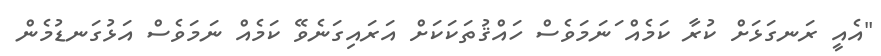
"އެއީ ރަނގަޅަށް ކުރާ ކަމެއް ަނަމަވެސް ހައްޤުތަކަކަށް އަރައިގަނެވޭ ކަމެއް ނަމަވެސް އަޅުގަނޑުމެން